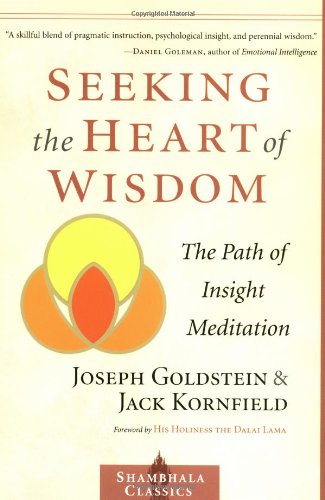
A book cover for Seeking the Heart of Wisdom: The Path of Insight Meditation (Shambhala Classics); Joseph Goldstein; Religion & Spirituality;